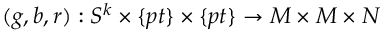
( g , b , r ) : S ^ { k } \times \{ p t \} \times \{ p t \} \rightarrow M \times M \times N